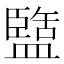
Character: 盬